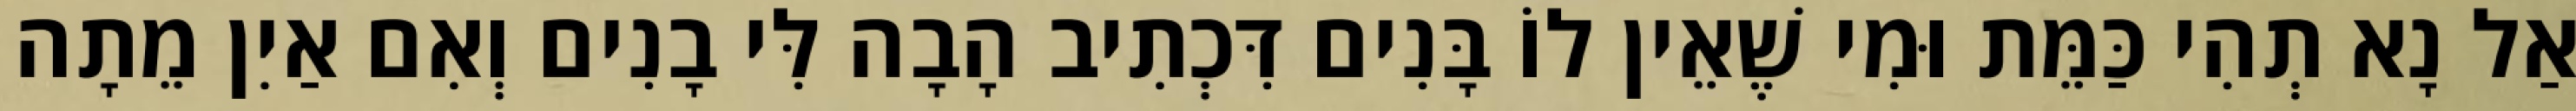
אַל נָא תְהִי כַּמֵּת וּמִי שֶׁאֵין לוֹ בָּנִים דִּכְתִיב הָבָה לִּי בָנִים וְאִם אַיִן מֵתָה